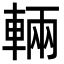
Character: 輛